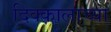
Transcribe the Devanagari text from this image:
दिक्कालाच्या